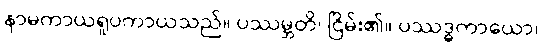
နာမကာယရူပကာယသည်။ ပဿမ္ဘတိ၊ ငြိမ်း၏။ ပဿဒ္ဓကာယော၊